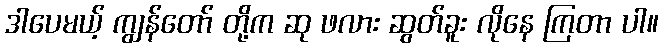
ဒါပေမယ့် ကျွန်တော် တို့က ဆု ဖလား ဆွတ်ခူး လိုနေ ကြတာ ပါ။